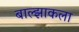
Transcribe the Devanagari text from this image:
बाल्झाकला